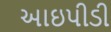
આઇપીડી